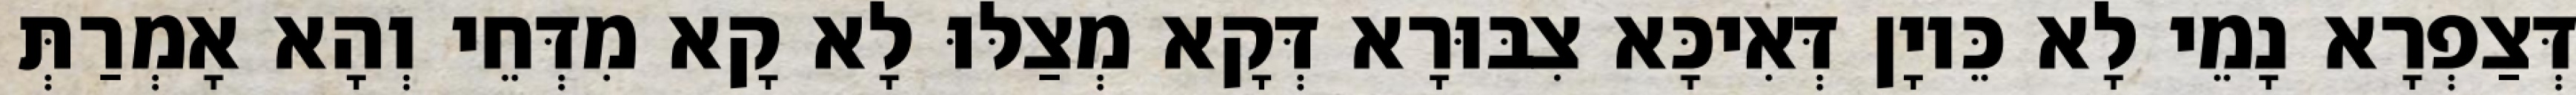
דְּצַפְרָא נָמֵי לָא כֵּיוָן דְּאִיכָּא צִבּוּרָא דְּקָא מְצַלּוּ לָא קָא מִדְּחֵי וְהָא אָמְרַתְּ